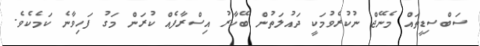
ސަބްސިޑީތައް މެނޭޖް ނުކުރެވުމަކީ ދައުލަތުން ބޭކާރު އިސްރާފެއް ކުރަން މަގު ފަހިވާނެ ކަމެކެވެ.